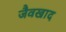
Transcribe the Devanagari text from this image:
जैवखाद